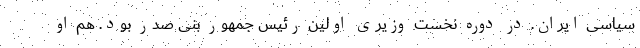
سیاسی ایران. در دوره نخست وزیری اولین رئیس جمهور بنی صدر بود. هم او